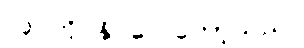
လုပ်ကိုင်နိုင်လေတော့သည်။